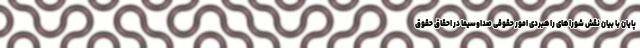
پایان با بیان نقش شوراهای راهبردی امور حقوقی صداوسیما در احقاق حقوق